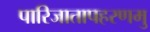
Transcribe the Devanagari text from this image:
पारिजातापहरणमु